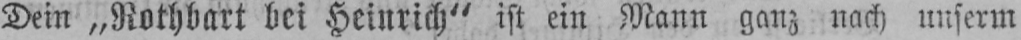
Dein „Rothbart bei Heinrich“ ist ein Mann ganz nach unserm